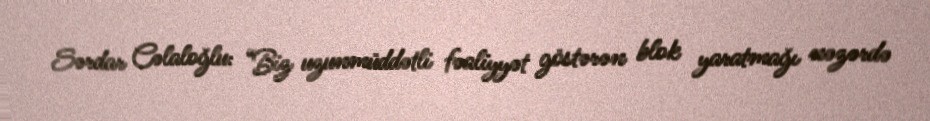
Sərdar Cəlaloğlu: “Biz uzunmüddətli fəaliyyət göstərən blok yaratmağı nəzərdə